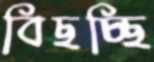
বিছচ্ছি